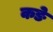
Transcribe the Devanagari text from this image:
कङे